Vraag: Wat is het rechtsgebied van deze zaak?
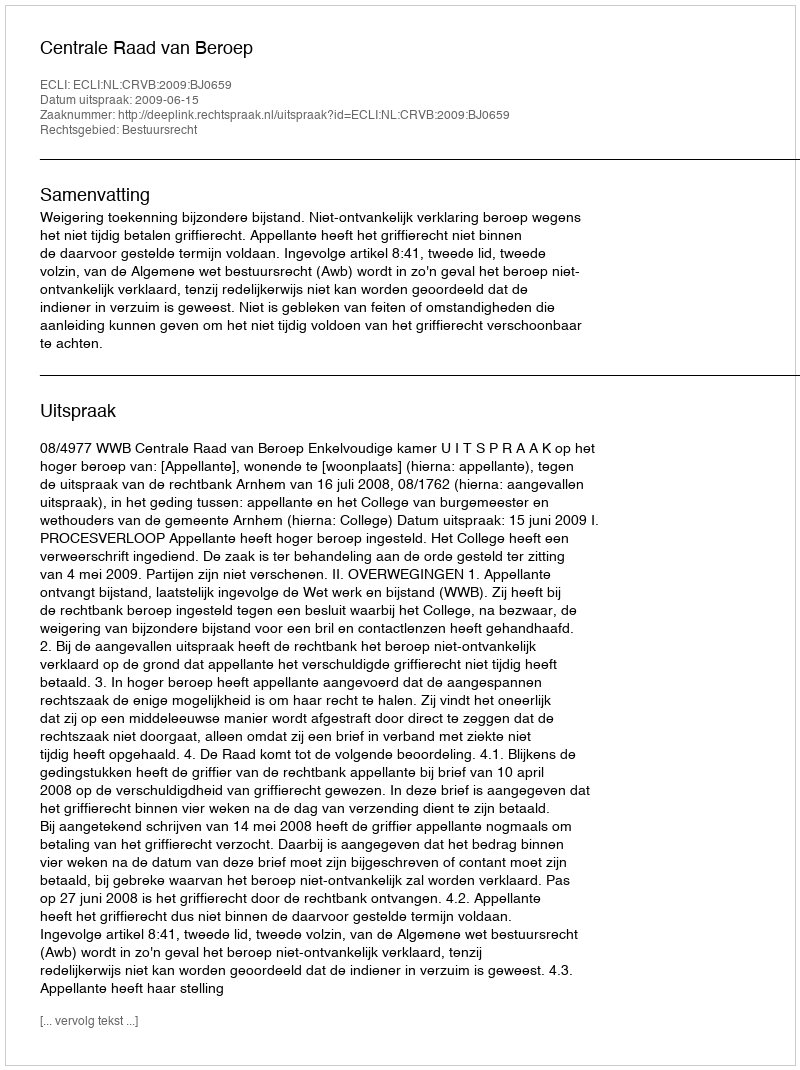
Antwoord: Bestuursrecht